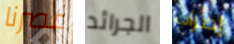
عصرنا الجرائد إضراب